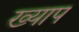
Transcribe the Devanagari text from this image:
ख्याप